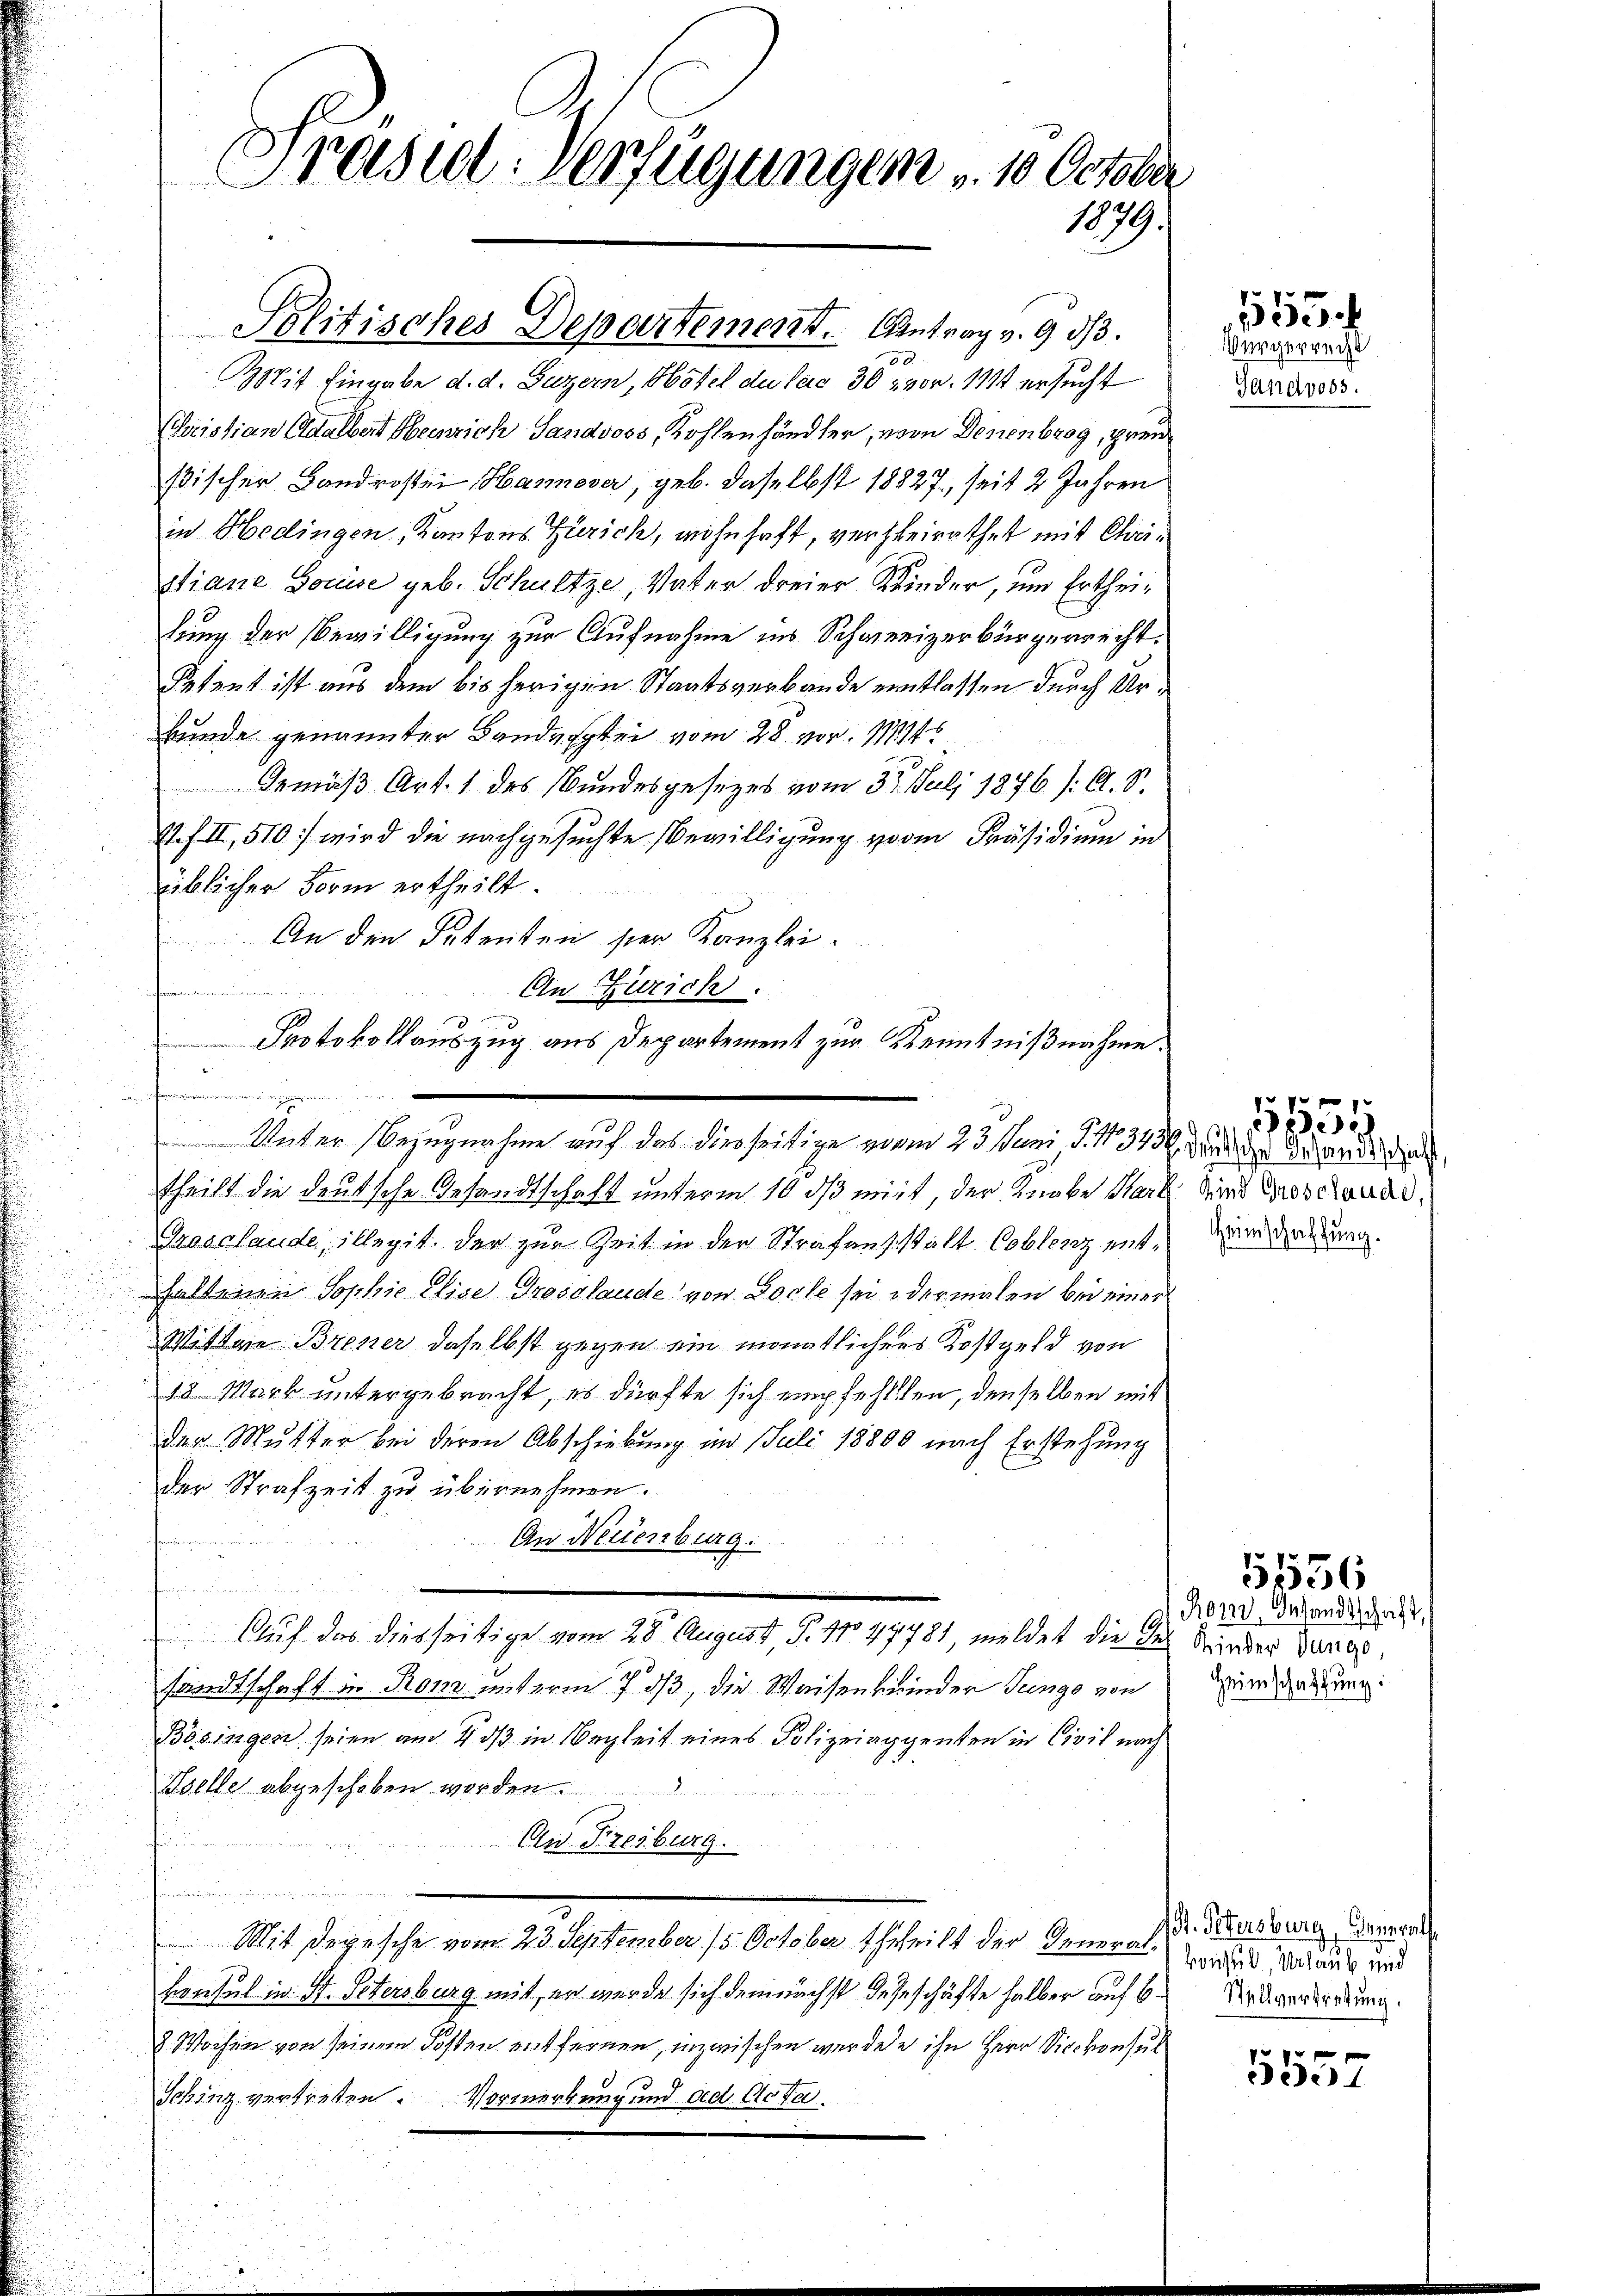
Präsid-Verfügungen u. 10. October
1879.

52
Mit Eingabe d. d. Luzern, Hotel du leid 30 vor. 111 ersucht
Cristian Adalbert Heinrich Sandsoss, Kohlenhändler, von Denenbrog, prenßischer Landrosten Hannover, geb. daselbst 18827, seit 2 Jahren
in Hedingen, Kantons Zürich, wohnhaft, verheirathet mit Chri¬
Siane Gouise geb. Schultze, Vater dreier Kinder, um Ertheilung der Bewilligung zur Aufnahme ins Schweizerbürgerrecht.
Setent ist aus dem bis herigen Staatsverbande eintlassen durch Urkunde genannter Bandartei vom 28. vor. 111
Gemäß Art. 1 des Bundesgesezes vom 31. Juli 1876 /: C. S.
4.III, 510) wird die nachgesuchte Bewilligung vom Präsidium in
üblicher Form ertheilt.
An den Petenten ser Kanzlei.
theilt die deutsche Gesandtschaft unterm 10. ds mit, der Knabe Karl
Grosolande, illegit der zur Zeit in der Strafanstalt Coblenz enthaltenen Sophie Elise Grosslande von Loche sei dermalen bei einer
Wittwe Brener daselbst gegen ein monatlichens Kostgeld von
18. Mark untergebracht, es dürfte sich empfehlten, denselben mit
der Mutter bei deren Abschiebung im Juli 18800 nach Erstehung
der Strafzeit zu übernehmen.
An Neuenburg.
t
Auf das diesseitige vom 28. August, S. 11047781, meldet die des Kinder den gesandtschaft in Rom unterm 7. ds, die Weisenkinder Teinge von
Bösingen seien am 4. ds in Begleit eines Polizeiaggenten in Civil nach
Belle abgeschoben worden.
renden
An Freiburg.
e
n
Mit Depesche vom 23. September 15. October Echtheilt der Generalhionsul in St. Petersburg mit, er wurde sich demnächst de Geschäfte halber auf 6
2. Wochen von seinem Kosten entfernen, inzwischen werden ihn Herr Diskonsul
Schinz vertreten. Vormerkung und ad Acta.

Politisches Departement. Antrag v. 9. d.

An Zürich.
.
Protokollauszug aus Departement zur Kenntnißnahme.

e
Weiter Bezugnahme auf das diesseitige vom 23. Juni d. 13486, wird der Behandes der

Würgerrecht
Gandvoss.

1555.

Kind Grosclaude,
Heimschaffung.

1651

Ror, Gesandtschaft,
Heimschaffung:

5536

1. Petersburg, Generals
konsul, Urlaub und
Stellvertretung.

5557